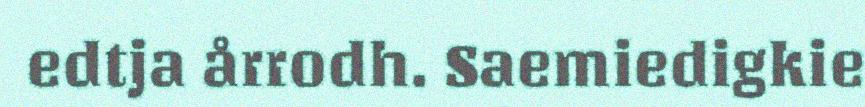
edtja årrodh. Saemiedigkie